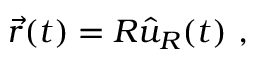
{ \vec { r } } ( t ) = R { \hat { u } } _ { R } ( t ) \ ,